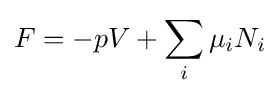
F=-pV+\sum _{i}\mu _{i}N_{i}